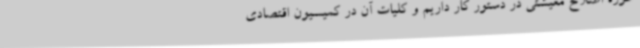
حوزه اصلاح معیشتی در دستور کار داریم و کلیات آن در کمیسیون اقتصادی